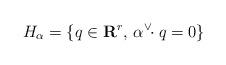
LaTeX: \begin{align*}H_{\alpha}=\{q\in\mathbf{R}^{r},\, \alpha^{\vee}\!\!\cdot q=0\}\end{align*}